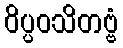
ဝိပ္ပဝသိတဗ္ဗံ